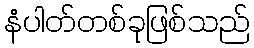
နံပါတ်တစ်ခုဖြစ်သည်